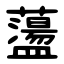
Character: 蘯